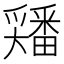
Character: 𡚘